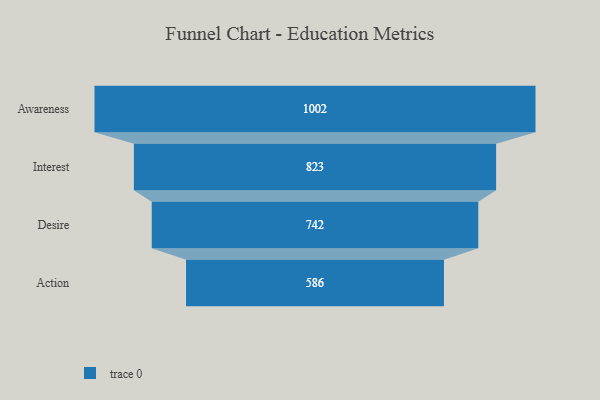
{"axis": {"x": "Stage", "y": "Value"}, "legend": [""], "data": [{"x": "Awareness", "y": 1002.0, "type": ""}, {"x": "Interest", "y": 823.0, "type": ""}, {"x": "Desire", "y": 742.0, "type": ""}, {"x": "Action", "y": 586.0, "type": ""}]}